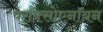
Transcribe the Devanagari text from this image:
परॉक्सोएनॉयन